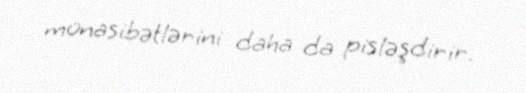
münasibətlərini daha da pisləşdirir.